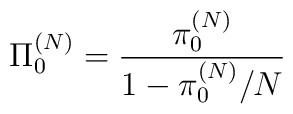
\Pi_0^{(N)}= \frac{\pi_0^{(N)}}{1-\pi_0^{(N)}/N}